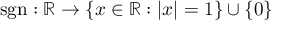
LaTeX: \operatorname { s g n } : \mathbb { R } \to \{ x \in \mathbb { R } : | x | = 1 \} \cup \{ 0 \}